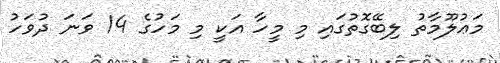
މަޢުލޫމާތު ލިބޭގޮތުގައި މި މީހާ އަކީ މި މަހުގެ 14 ވަނަ ދުވަހު